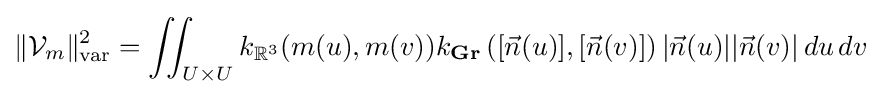
\|{\mathcal {V}}_{m}\|_{\mathrm {var} }^{2}=\iint _{U\times U}k_{\mathbb {R} ^{3}}(m(u),m(v))k_{\mathbf {Gr} }\left([{\vec {n}}(u)],[{\vec {n}}(v)]\right){|}{\vec {n}}(u){|}{|}{\vec {n}}(v){|}\,du\,dv